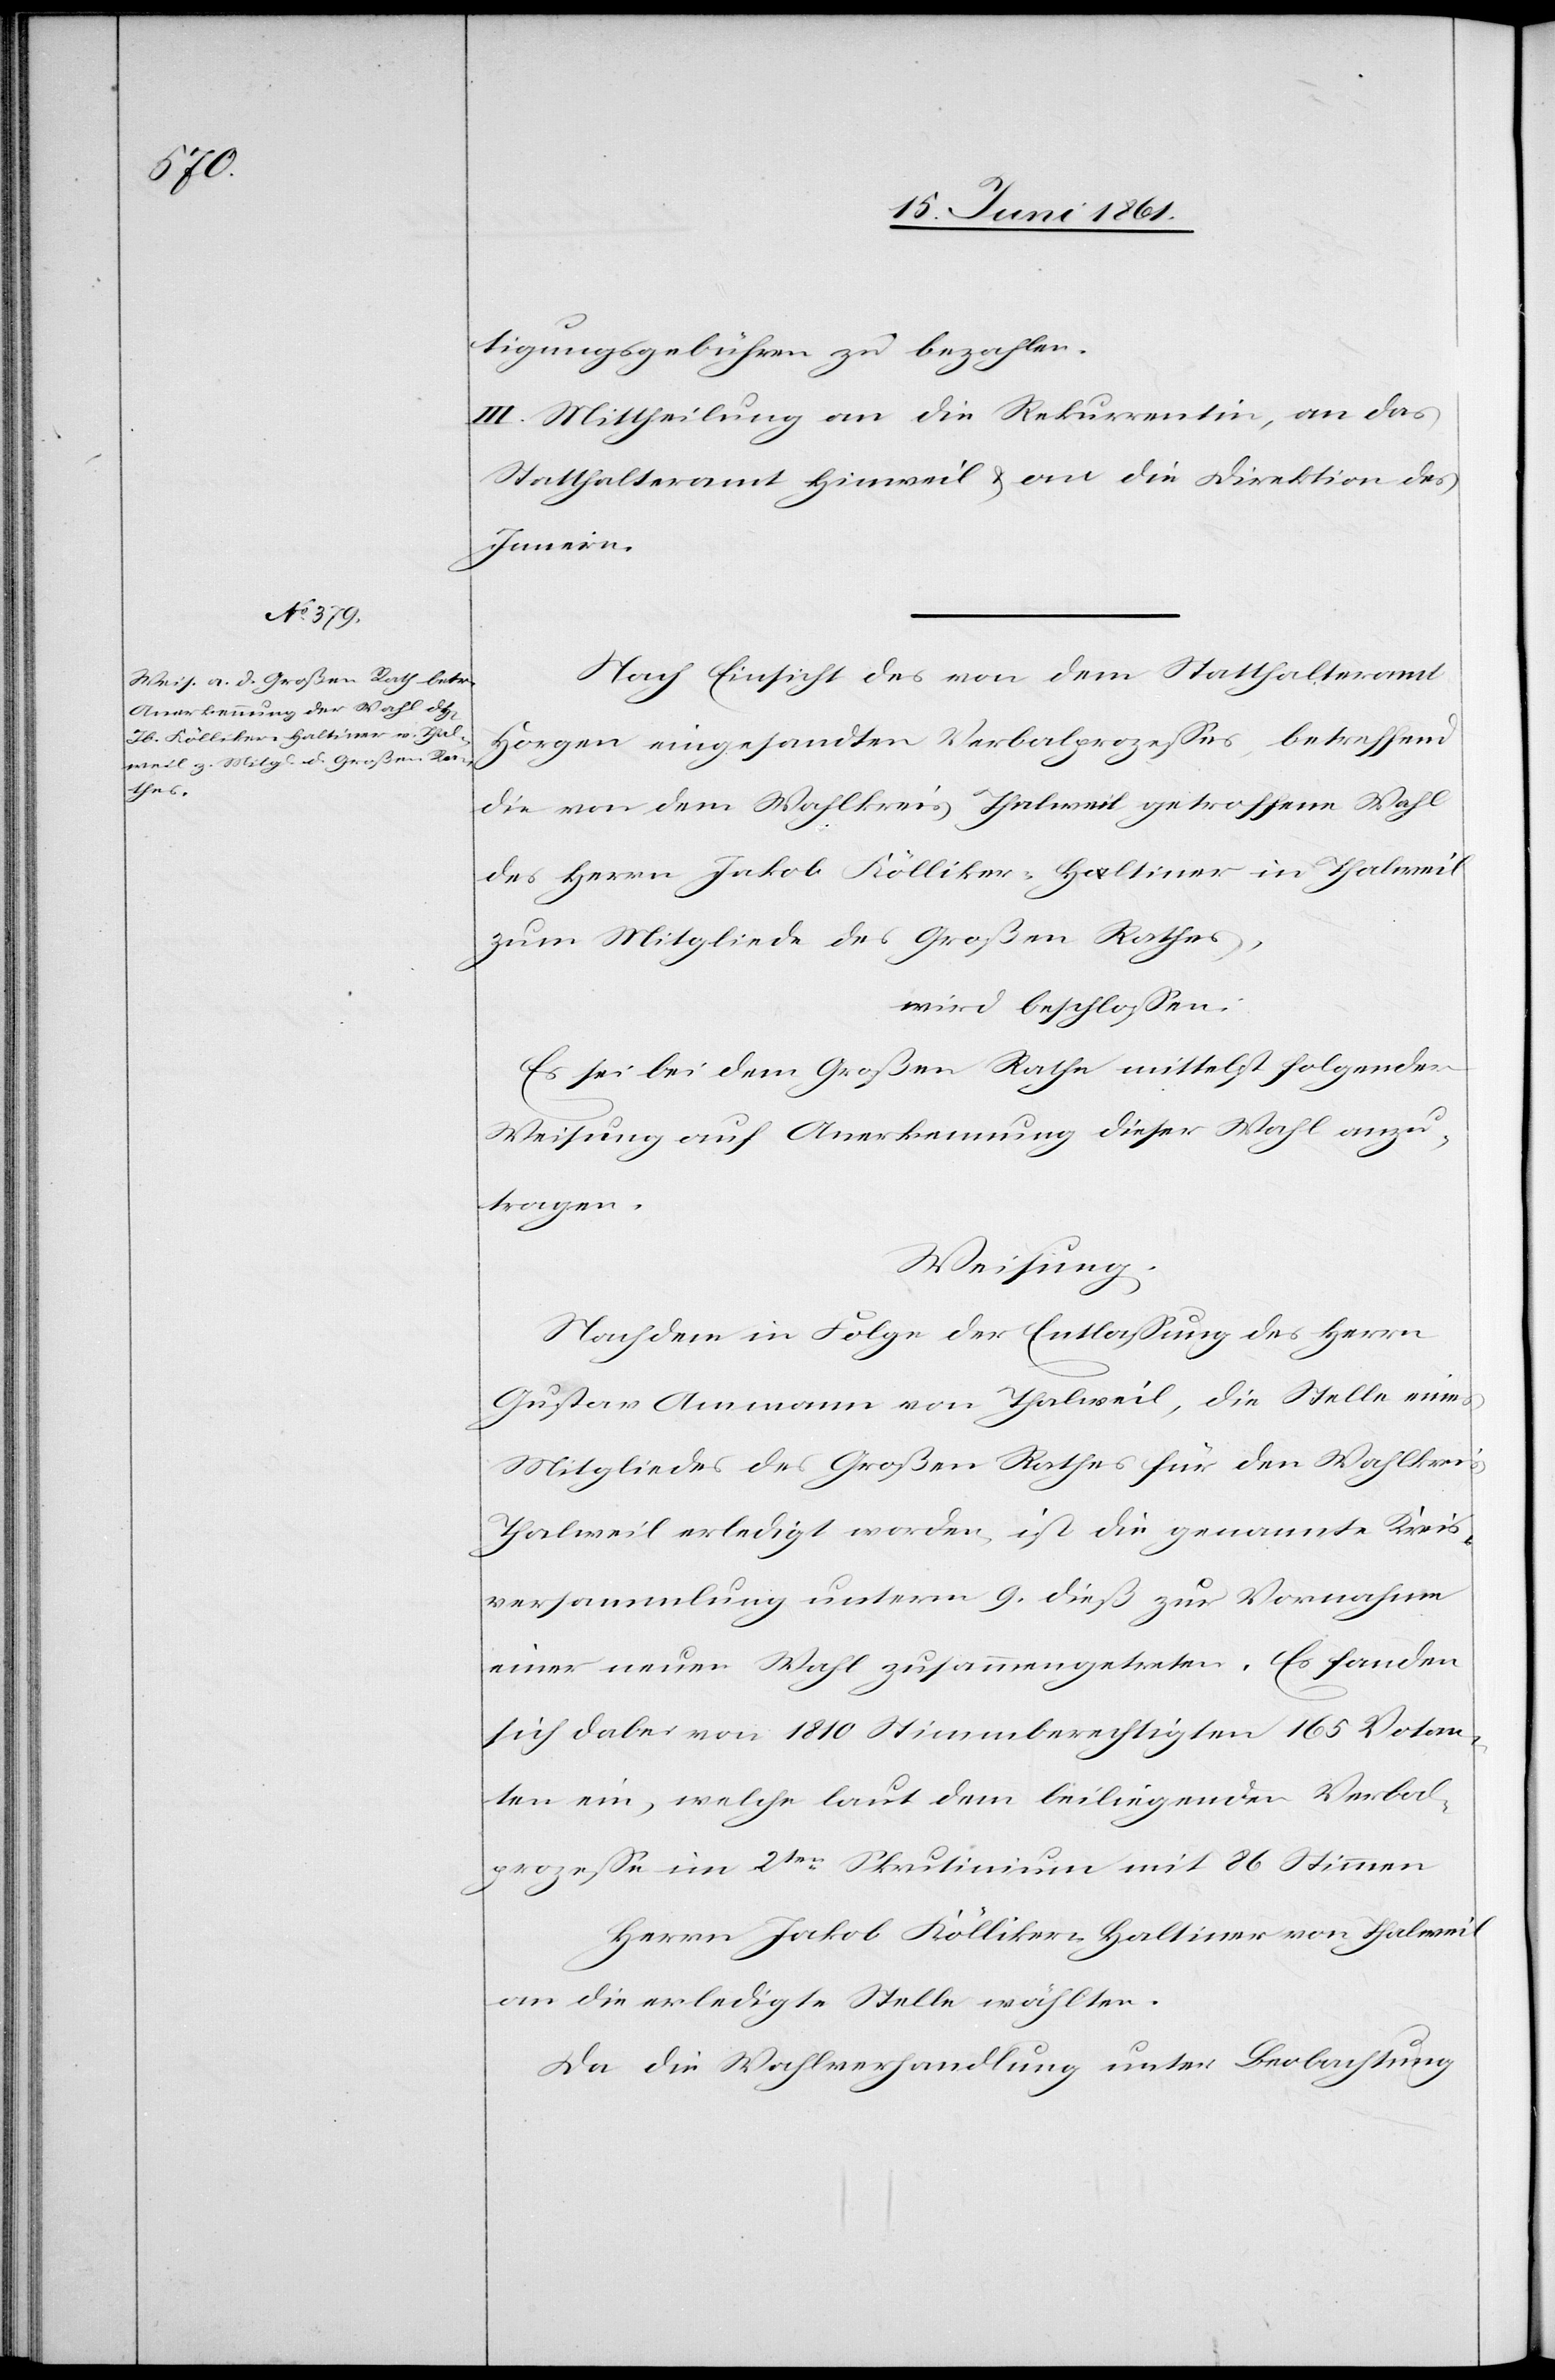
tigungsgebühren zu bezahlen.
III. Mittheilung an die Rekurrentin, an das
Statthalteramt Hinweil u. an die Direktion des
Innern.
Nach Einsicht eines Antrages von dem Statthalteramt
Horgen eingesandten Verbalprozesses, betreffend
die von dem Wahlkreis Thalweil getroffene Wahl
des Herrn Jakob Kölliker-Haltiner in Thalweil
zum Mitgliede des Großen Rathes,
wird beschlossen:
Es sei bei dem Großen Rathe mittelst folgender
Weisung auf Anerkennung dieser Wahl anzu¬
tragen.
Weisung.
Nachdem in Folge der Entlassung des Herrn
Gustav Ammann von Thalweil, die Stelle eines
Mitgliedes des Großen Rathes für den Wahlkreis
Thalweil erledigt worden ist, die genannte Kreis¬
versammlung unterm 9. dieß zur Vornahme
einer neuen Wahl zusammengetreten. Es fanden
sich dabei von 1810 Stimmberechtigten 165 Votan¬
ten ein, welche laut dem beiliegenden Verbal¬
prozesse im 2ten Skrutinium mit 86 Stimmen
Herrn Jakob Kölliker-Haltiner von Thalweil
an die erledigte Stelle wählten.
Da die Wahlverhandlung unter Beobachtung